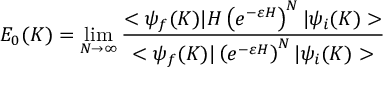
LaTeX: E _ { 0 } ( K ) = \operatorname * { l i m } _ { N \rightarrow \infty } \frac { < \psi _ { f } ( K ) | H \left( e ^ { - \varepsilon H } \right) ^ { N } | \psi _ { i } ( K ) > } { < \psi _ { f } ( K ) | \left( e ^ { - \varepsilon H } \right) ^ { N } | \psi _ { i } ( K ) > }